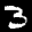
Label: 3